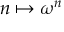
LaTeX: n \mapsto \omega ^ { n }